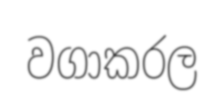
වගාකරල